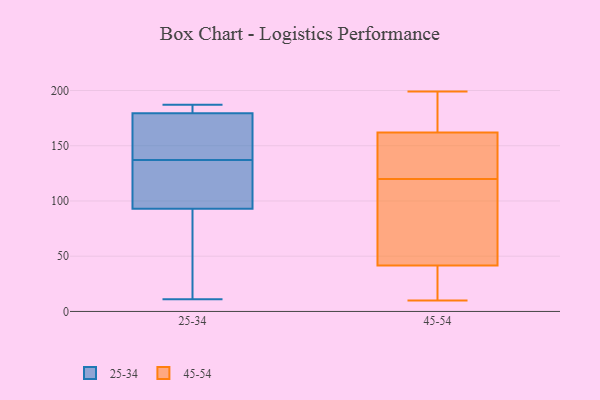
{"axis": {"x": "Customer Acquisition Cost (USD)", "y": "Value"}, "legend": ["25-34", "45-54"], "data": [{"x": "", "y": 185, "type": "25-34"}, {"x": "", "y": 176, "type": "25-34"}, {"x": "", "y": 186, "type": "25-34"}, {"x": "", "y": 115, "type": "25-34"}, {"x": "", "y": 123, "type": "25-34"}, {"x": "", "y": 164, "type": "25-34"}, {"x": "", "y": 11, "type": "25-34"}, {"x": "", "y": 116, "type": "25-34"}, {"x": "", "y": 50, "type": "25-34"}, {"x": "", "y": 60, "type": "25-34"}, {"x": "", "y": 179, "type": "25-34"}, {"x": "", "y": 104, "type": "25-34"}, {"x": "", "y": 49, "type": "25-34"}, {"x": "", "y": 181, "type": "25-34"}, {"x": "", "y": 137, "type": "25-34"}, {"x": "", "y": 187, "type": "25-34"}, {"x": "", "y": 171, "type": "25-34"}, {"x": "", "y": 171, "type": "45-54"}, {"x": "", "y": 179, "type": "45-54"}, {"x": "", "y": 108, "type": "45-54"}, {"x": "", "y": 126, "type": "45-54"}, {"x": "", "y": 114, "type": "45-54"}, {"x": "", "y": 58, "type": "45-54"}, {"x": "", "y": 10, "type": "45-54"}, {"x": "", "y": 199, "type": "45-54"}, {"x": "", "y": 17, "type": "45-54"}, {"x": "", "y": 133, "type": "45-54"}, {"x": "", "y": 25, "type": "45-54"}, {"x": "", "y": 153, "type": "45-54"}]}